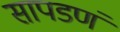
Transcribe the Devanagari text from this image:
सापडणं